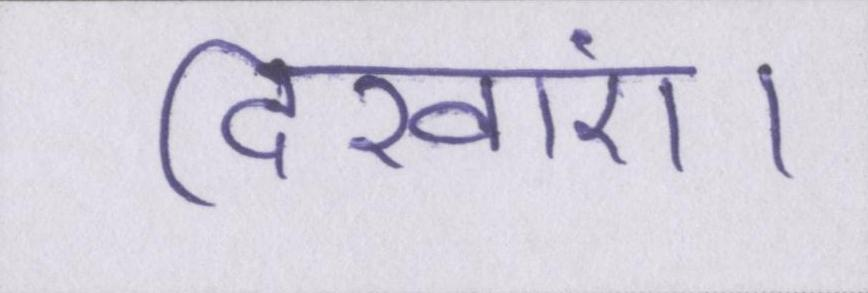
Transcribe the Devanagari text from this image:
दिखाएं।